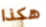
هكذا